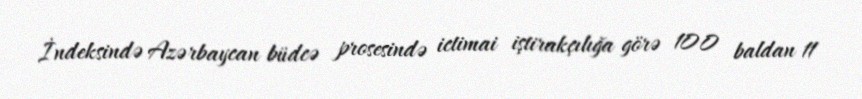
İndeksində Azərbaycan büdcə prosesində ictimai iştirakçılığa görə 100 baldan 11